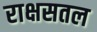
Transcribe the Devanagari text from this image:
राक्षसतल